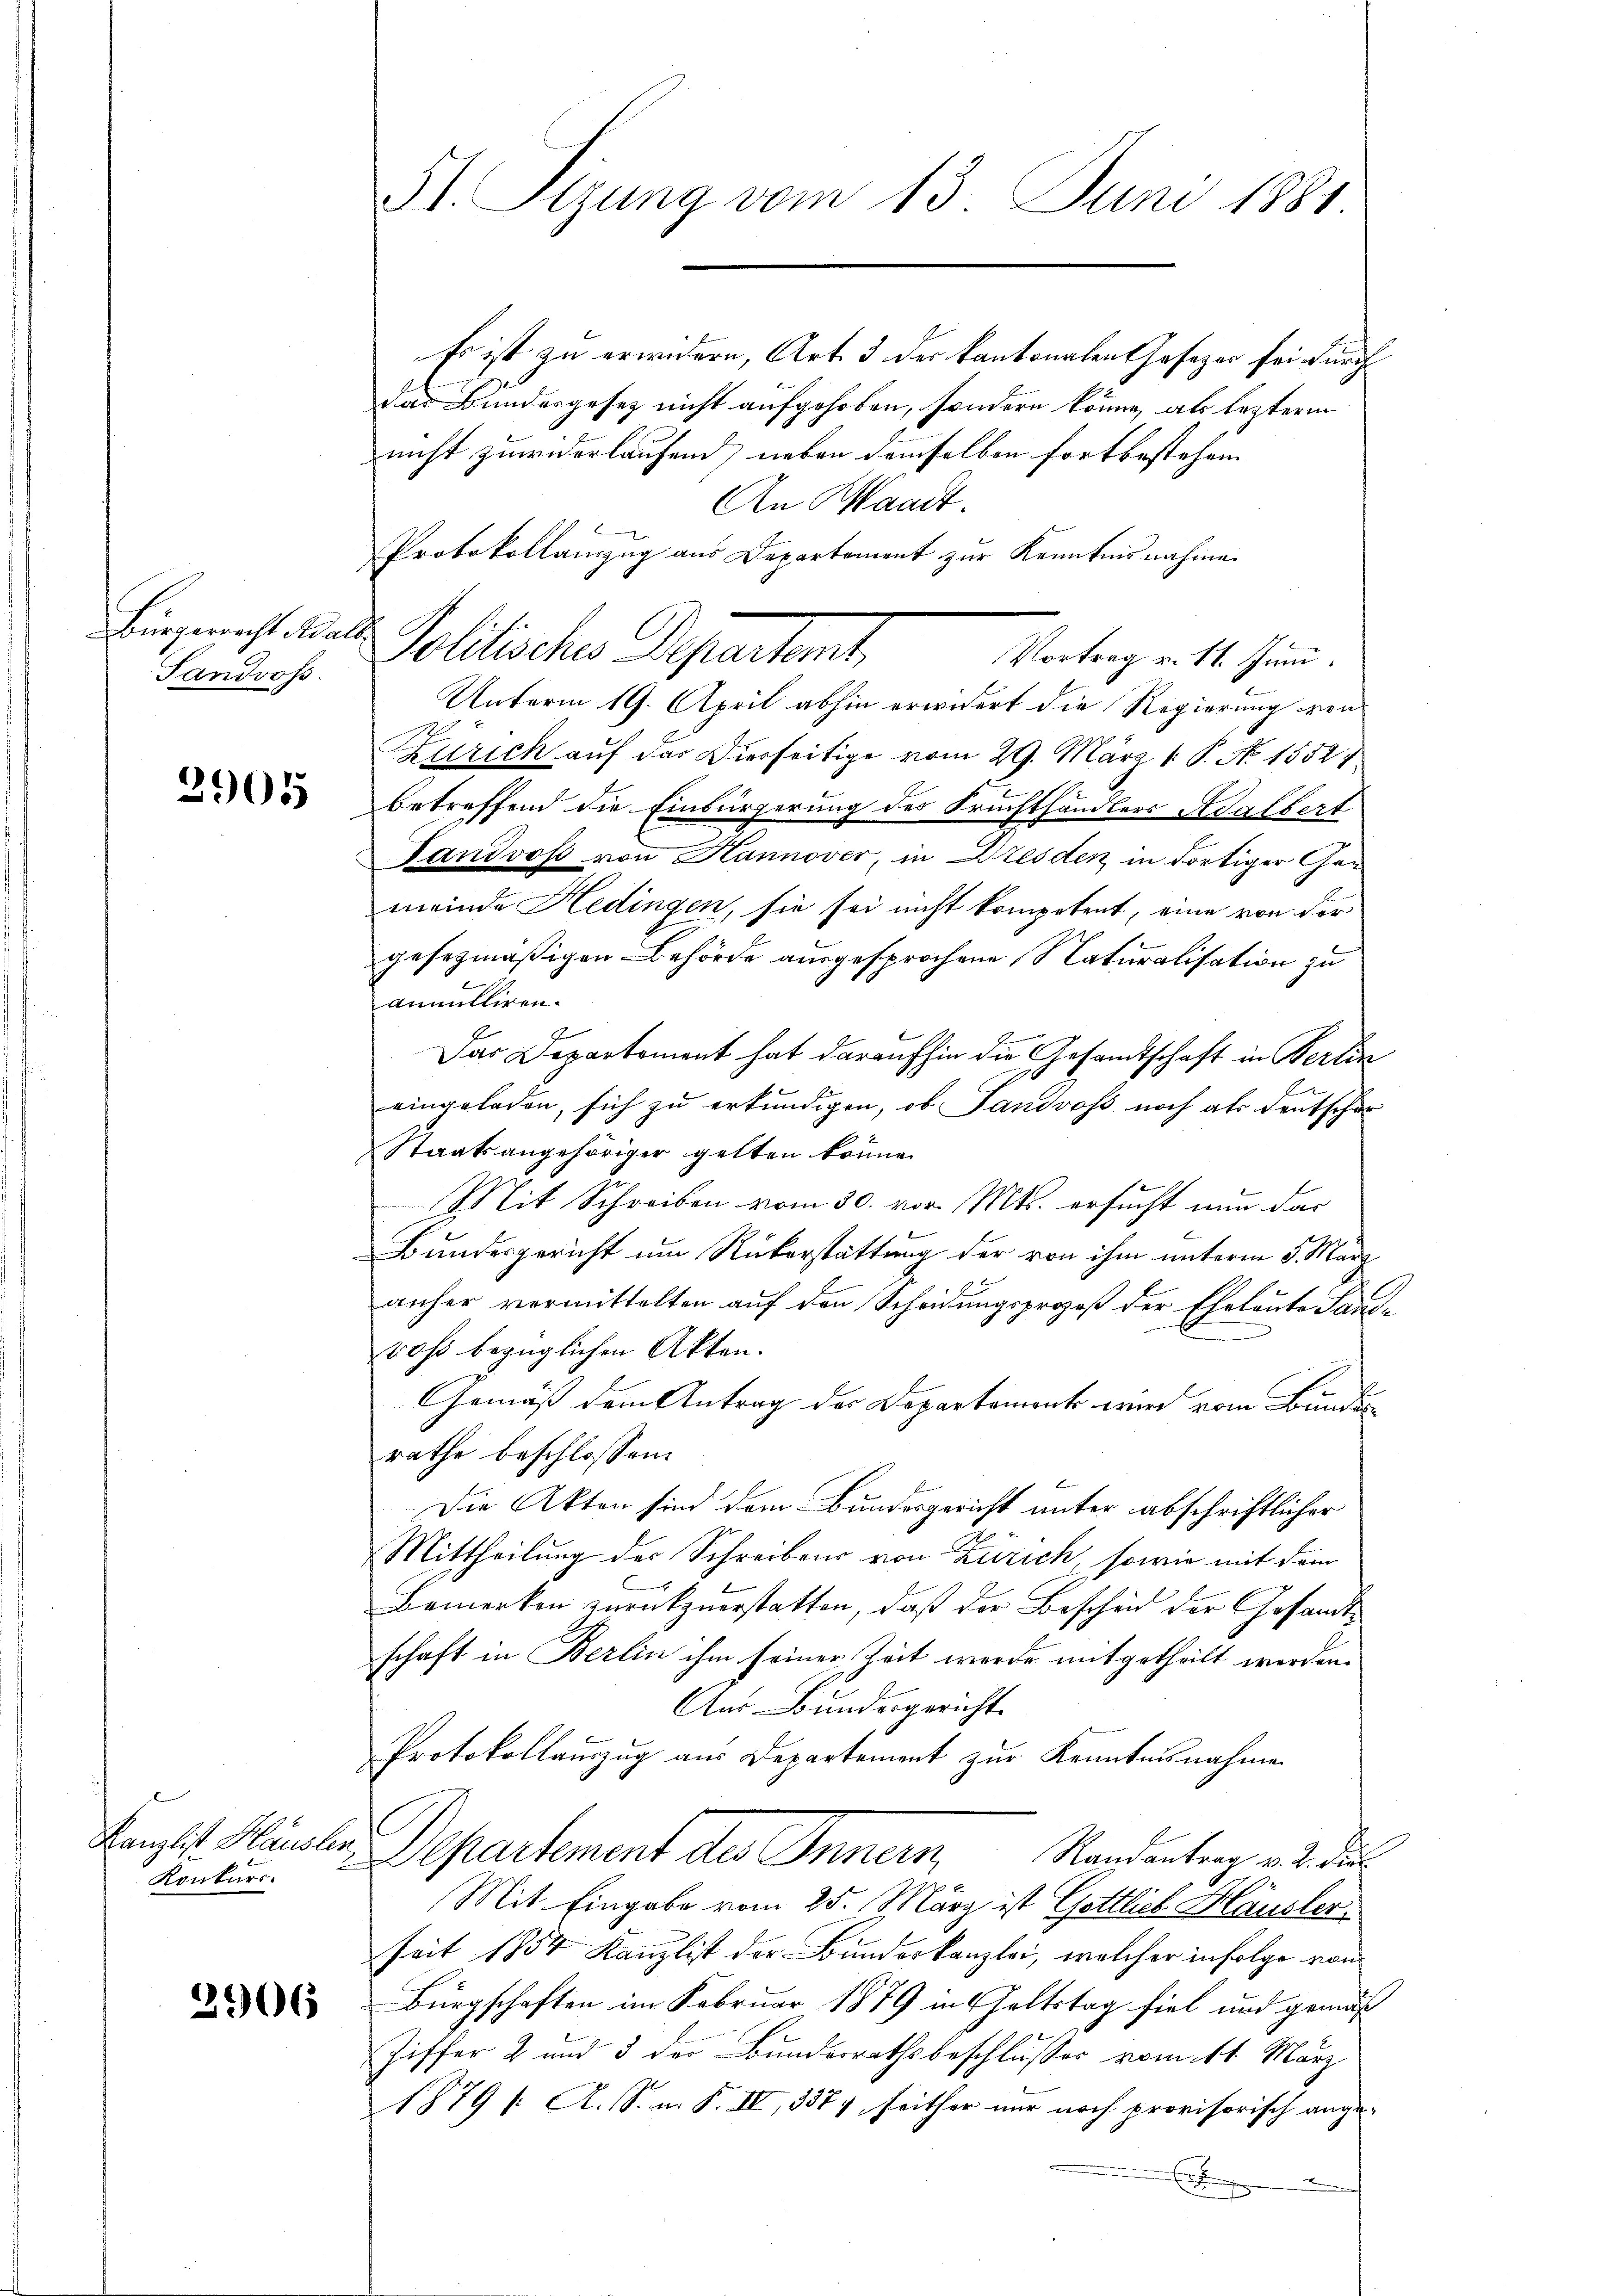
Bürgerrecht Adals
Sandvos.

2905

Kanzlist Häusler,
Konkurs.

3906

51 Sizung vom 13. Juni 1881.

Es ist zu erwidern, Art. 3 der Kantonalen Gesezes sei durch
das Bundergesetz nicht aufgehoben, sondern könne, als leztere
nicht zuwiderlaufend neben demselben fortbestehen |
An Waadt.
Protokollanzzug aus Departement zur Kenntnisnahme
Politisches Departet,
Vortrag v. 11. Juni.
Unterm 19. April abhin erwidert die Regierung von
Zürich auf das Dierseitige vom 29. März 1. P. No 1552
betreffend die Einbürgerung des Fruchthändlers Adalbert
Tandvos von Hannover, in Dresden in dortiger Gemeinde Hedingen, sie sei nicht kompetent, eine von der
gesezmäßigen Behörde ausgesprochene Naturalisation zu
annulliren.
Das Departement hat daraufhin die Gesandtschaft in Verlin
eingeladen, sich zu erkundigen, ob Landross noch als Deutscher
Staatsangehöriger gelten könne.
Mit Schreiben vom 30. vor. Mts. ersucht nun das
Bundesgericht um Rükerstattung der von ihm unterm 5. März
anher vormittelten auf den Scheidungsprozeß der Eheleute Taufvos bezüglichen Akten.
Gemäß dem Antrag des Departement wird vom Bundes
rathe beschlossen:
Die Akten sind dem Bundesgericht unter abschriftlicher
Mittheilung des Schreibens von Zürich, sowie mit dem
Bemerken zurückzuerstatten, daß der Bescheid der Gesandtschaft in Berlin ihm seiner Zeit werde mitgetheilt werden.
Aus Bundesgericht.
Protokollauszug aus Departement zur Kenntnisnahmen
Departement des Inner Standentrag v. 2.
Mit Eingabe vom 25. März ist Gottlich Häusler.
seit 1854 Kanzlist der Bundeskanzlei, welcher infolge von
Bürgschaften im Februar 1879 in Geltstag fiel und gemäß
Ziffer 2 und 3 der Bundesrathsbeschlusses vom 11. März.
1879 /: A. S. m. F. IV, 337, seither nur noch provisorisch ange-
E